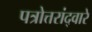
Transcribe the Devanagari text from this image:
पत्रोत्तरांद्वारे